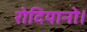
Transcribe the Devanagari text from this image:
रोदियानो।